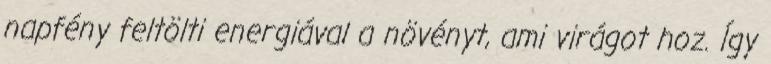
napfény feltölti energiával a növényt, ami virágot hoz. Így